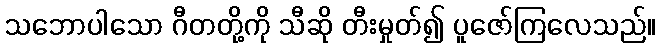
သဘောပါသော ဂီတတို့ကို သီဆို တီးမှုတ်၍ ပူဇော်ကြလေသည်။